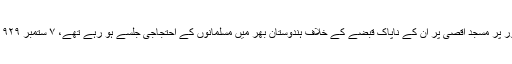
فلسطین میں یہودیوں بڑھتے ہوئے پُرتشدّد غلبے اور خاص طور پر مسجدِ اقصیٰ پر ان کے ناپاک قبضے کے خلاف ہندوستان بھر میں مسلمانوں کے احتجاجی جلسے ہو رہے تھے، ۷ ستمبر ١٩٢٩ء کو اقبال کی صدارت میں ایسا ہی ایک عظیم الشان جلسہ ہوا۔